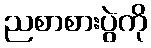
ညစာစားပွဲကို